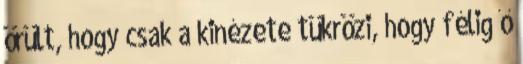
örült, hogy csak a kinézete tükrözi, hogy félig ő